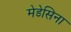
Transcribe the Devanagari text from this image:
मेडेसिना